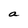
Character: a